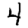
Digit: 4